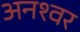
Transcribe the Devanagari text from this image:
अनश्‍वर